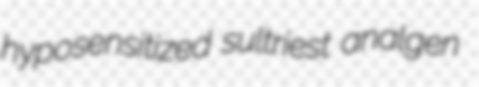
hyposensitized sultriest analgen